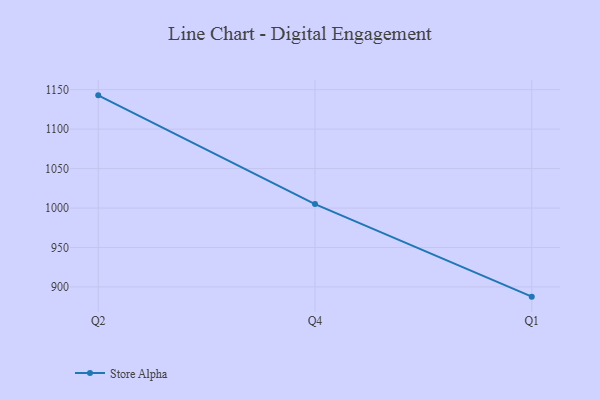
{"axis": {"x": "Quarter", "y": "Waste Production (Tons)"}, "legend": ["Store Alpha"], "data": [{"x": "Q2", "y": 1142.8, "type": "Store Alpha"}, {"x": "Q4", "y": 1005.0, "type": "Store Alpha"}, {"x": "Q1", "y": 887.7, "type": "Store Alpha"}]}